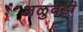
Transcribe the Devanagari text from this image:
अळुवडी